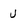
Character: U